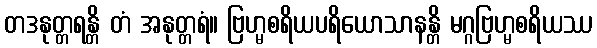
တဒနုတ္တရန္တိ တံ အနုတ္တရံ။ ဗြဟ္မစရိယပရိယောသာနန္တိ မဂ္ဂဗြဟ္မစရိယဿ